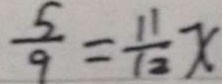
\frac { 5 } { 9 } = \frac { 1 1 } { 1 2 } x